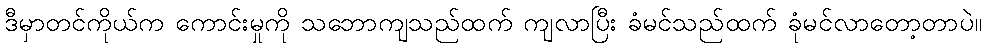
ဒီမှာတင်ကိုယ်က ကောင်းမှုကို သဘောကျသည်ထက် ကျလာပြီး ခံမင်သည်ထက် ခုံမင်လာတော့တာပဲ။